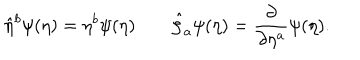
LaTeX: \hat { \eta } ^ { b } \psi ( \eta ) = \eta ^ { b } \psi ( \eta ) \qquad \hat { \zeta } _ { a } \psi ( \eta ) = \frac { \partial } { \partial \eta ^ { a } } \psi ( \eta ) .